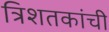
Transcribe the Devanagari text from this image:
त्रिशतकांची